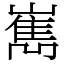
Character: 嶲